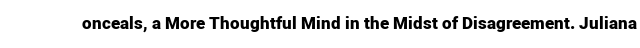
onceals, a More Thoughtful Mind in the Midst of Disagreement. Juliana